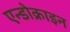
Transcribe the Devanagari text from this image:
एन्डोक्राइन